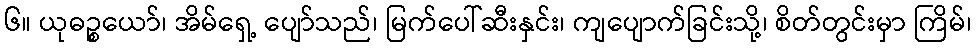
၆။ ယုဓဉ္စယော်၊ အိမ်ရှေ့ ပျော်သည်၊ မြက်ပေါ်ဆီးနှင်း၊ ကျပျောက်ခြင်းသို့၊ စိတ်တွင်းမှာ ကြိမ်၊